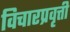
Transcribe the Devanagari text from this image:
विचारप्रवृत्ती